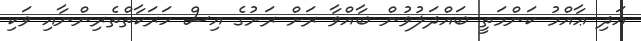
އަދި ޢާއްމު ކަންމަތީ ބައްދަލުވުން ބާއްވާ ރަށް ރަށުގެ އިސް ހަރަކާތްތެރިންނާއި ވަކި